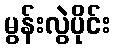
မွန်းလွဲပိုင်း